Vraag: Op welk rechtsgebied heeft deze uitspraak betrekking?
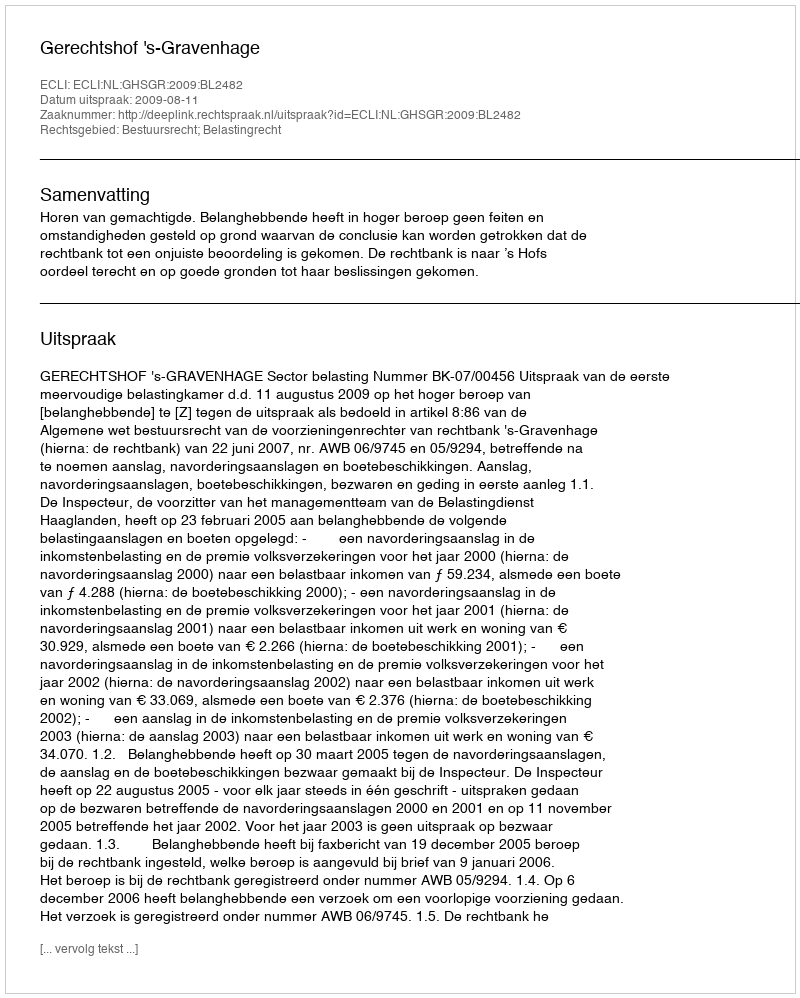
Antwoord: Bestuursrecht; Belastingrecht